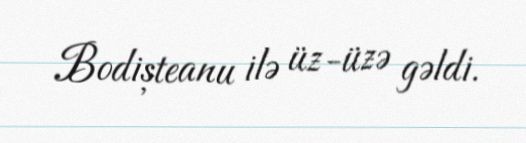
Bodișteanu ilə üz-üzə gəldi.